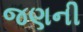
જણની